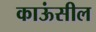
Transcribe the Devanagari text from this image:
काऊंसील